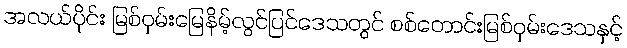
အလယ်ပိုင်း မြစ်ဝှမ်းမြေနိမ့်လွင်ပြင်ဒေသတွင် စစ်တောင်းမြစ်ဝှမ်းဒေသနှင့်